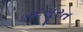
બદસૂરત